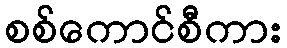
စစ်ကောင်စီကား